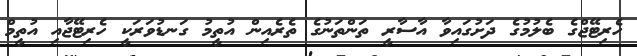
ހެރިޓޭޖްގެ ބެލުމުގެ ދަށުގައިވާ އާސާރީ ތަންތަނުގެ ތެރެއިން އުތީމު ގަނޑުވަރަކީ ހެރިޓޭޖާއި އުތީމް